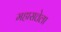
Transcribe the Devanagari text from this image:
महासत्तेला